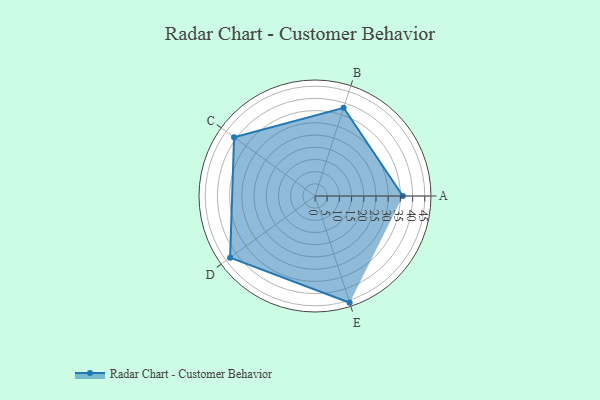
{"axis": {"x": "Skill", "y": "Score"}, "legend": ["Profile"], "data": [{"x": "A", "y": 36.0, "type": "Profile"}, {"x": "B", "y": 38.0, "type": "Profile"}, {"x": "C", "y": 41.0, "type": "Profile"}, {"x": "D", "y": 43.0, "type": "Profile"}, {"x": "E", "y": 46.0, "type": "Profile"}]}